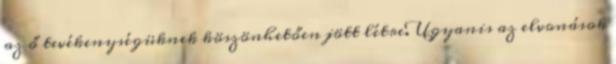
az ő tevékenységüknek köszönhetően jött létre. Ugyanis az elvonások